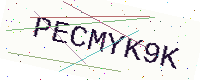
Text: PECMYK9K